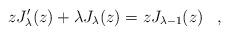
LaTeX: \begin{align*}zJ_\lambda^\prime (z)+\lambda J_\lambda(z)=zJ_{\lambda-1}(z)\;\;\;,\end{align*}